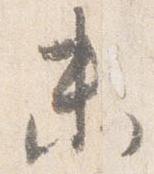
未